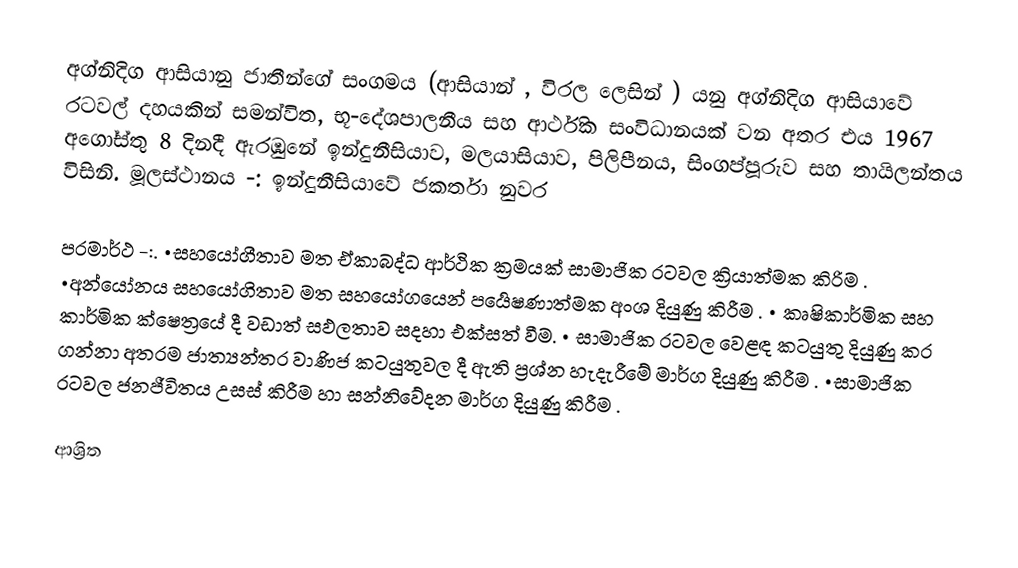
අග්නිදිග ආසියානු ජාතීන්ගේ සංගමය (ආසියාන්  , විරල ලෙසින්  ) යනු අග්නිදිග ආසියාවේ රටවල් දහයකින් සමන්විත, භූ-දේශපාලනීය සහ ආර්ථික සංවිධානයක් වන අතර එය 1967 අගෝස්තු 8 දිනදී ඇරඹුනේ  ඉන්දුනීසියාව, මලයාසියාව, පිලිපීනය, සිංගප්පූරුව සහ තායිලන්තය විසිනි. මූලස්ථානය -: ඉන්දුනීසියාවේ ජකර්තා නුවර

පරමාර්ථ -:.                                                                       •සහයෝගීතාව  මත ඒකාබද්ධ ආර්ථික ක්‍රමයක් සාමාජික රටවල ක්‍රියාත්මක කිරිම .                                                   •අන්යෝනය සහයෝගිතාව මත සහයෝගයෙන් පර්‍යෙෂණාත්මක අංශ දියුණු කිරීම .                                  • කෘෂිකාර්මික සහ කාර්මික ක්ෂෙත්‍රයේ දී වඩාත් සඵලතාව සදහා එක්සත් වීම.                                                          • සාමාජික රටවල වෙළඳ කටයුතු දියුණු කර ගන්නා අතරම ජාත්‍යන්තර වාණිජ කටයුතුවල දී ඇති ප්‍රශ්න හැදැරීමේ මාර්ග දියුණු කිරීම .                                                        •සාමාජික රටවල ජනජීවිතය උසස් කිරීම හා සන්නිවේදන මාර්ග දියුණු කිරීම .

ආශ්‍රිත